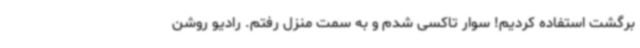
برگشت استفاده کردیم! سوار تاکسی شدم و به سمت منزل رفتم. رادیو روشن